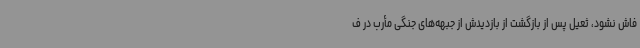
فاش نشود، ثعیل پس از بازگشت از بازدیدش از جبهه‌های جنگی مأرب در ف